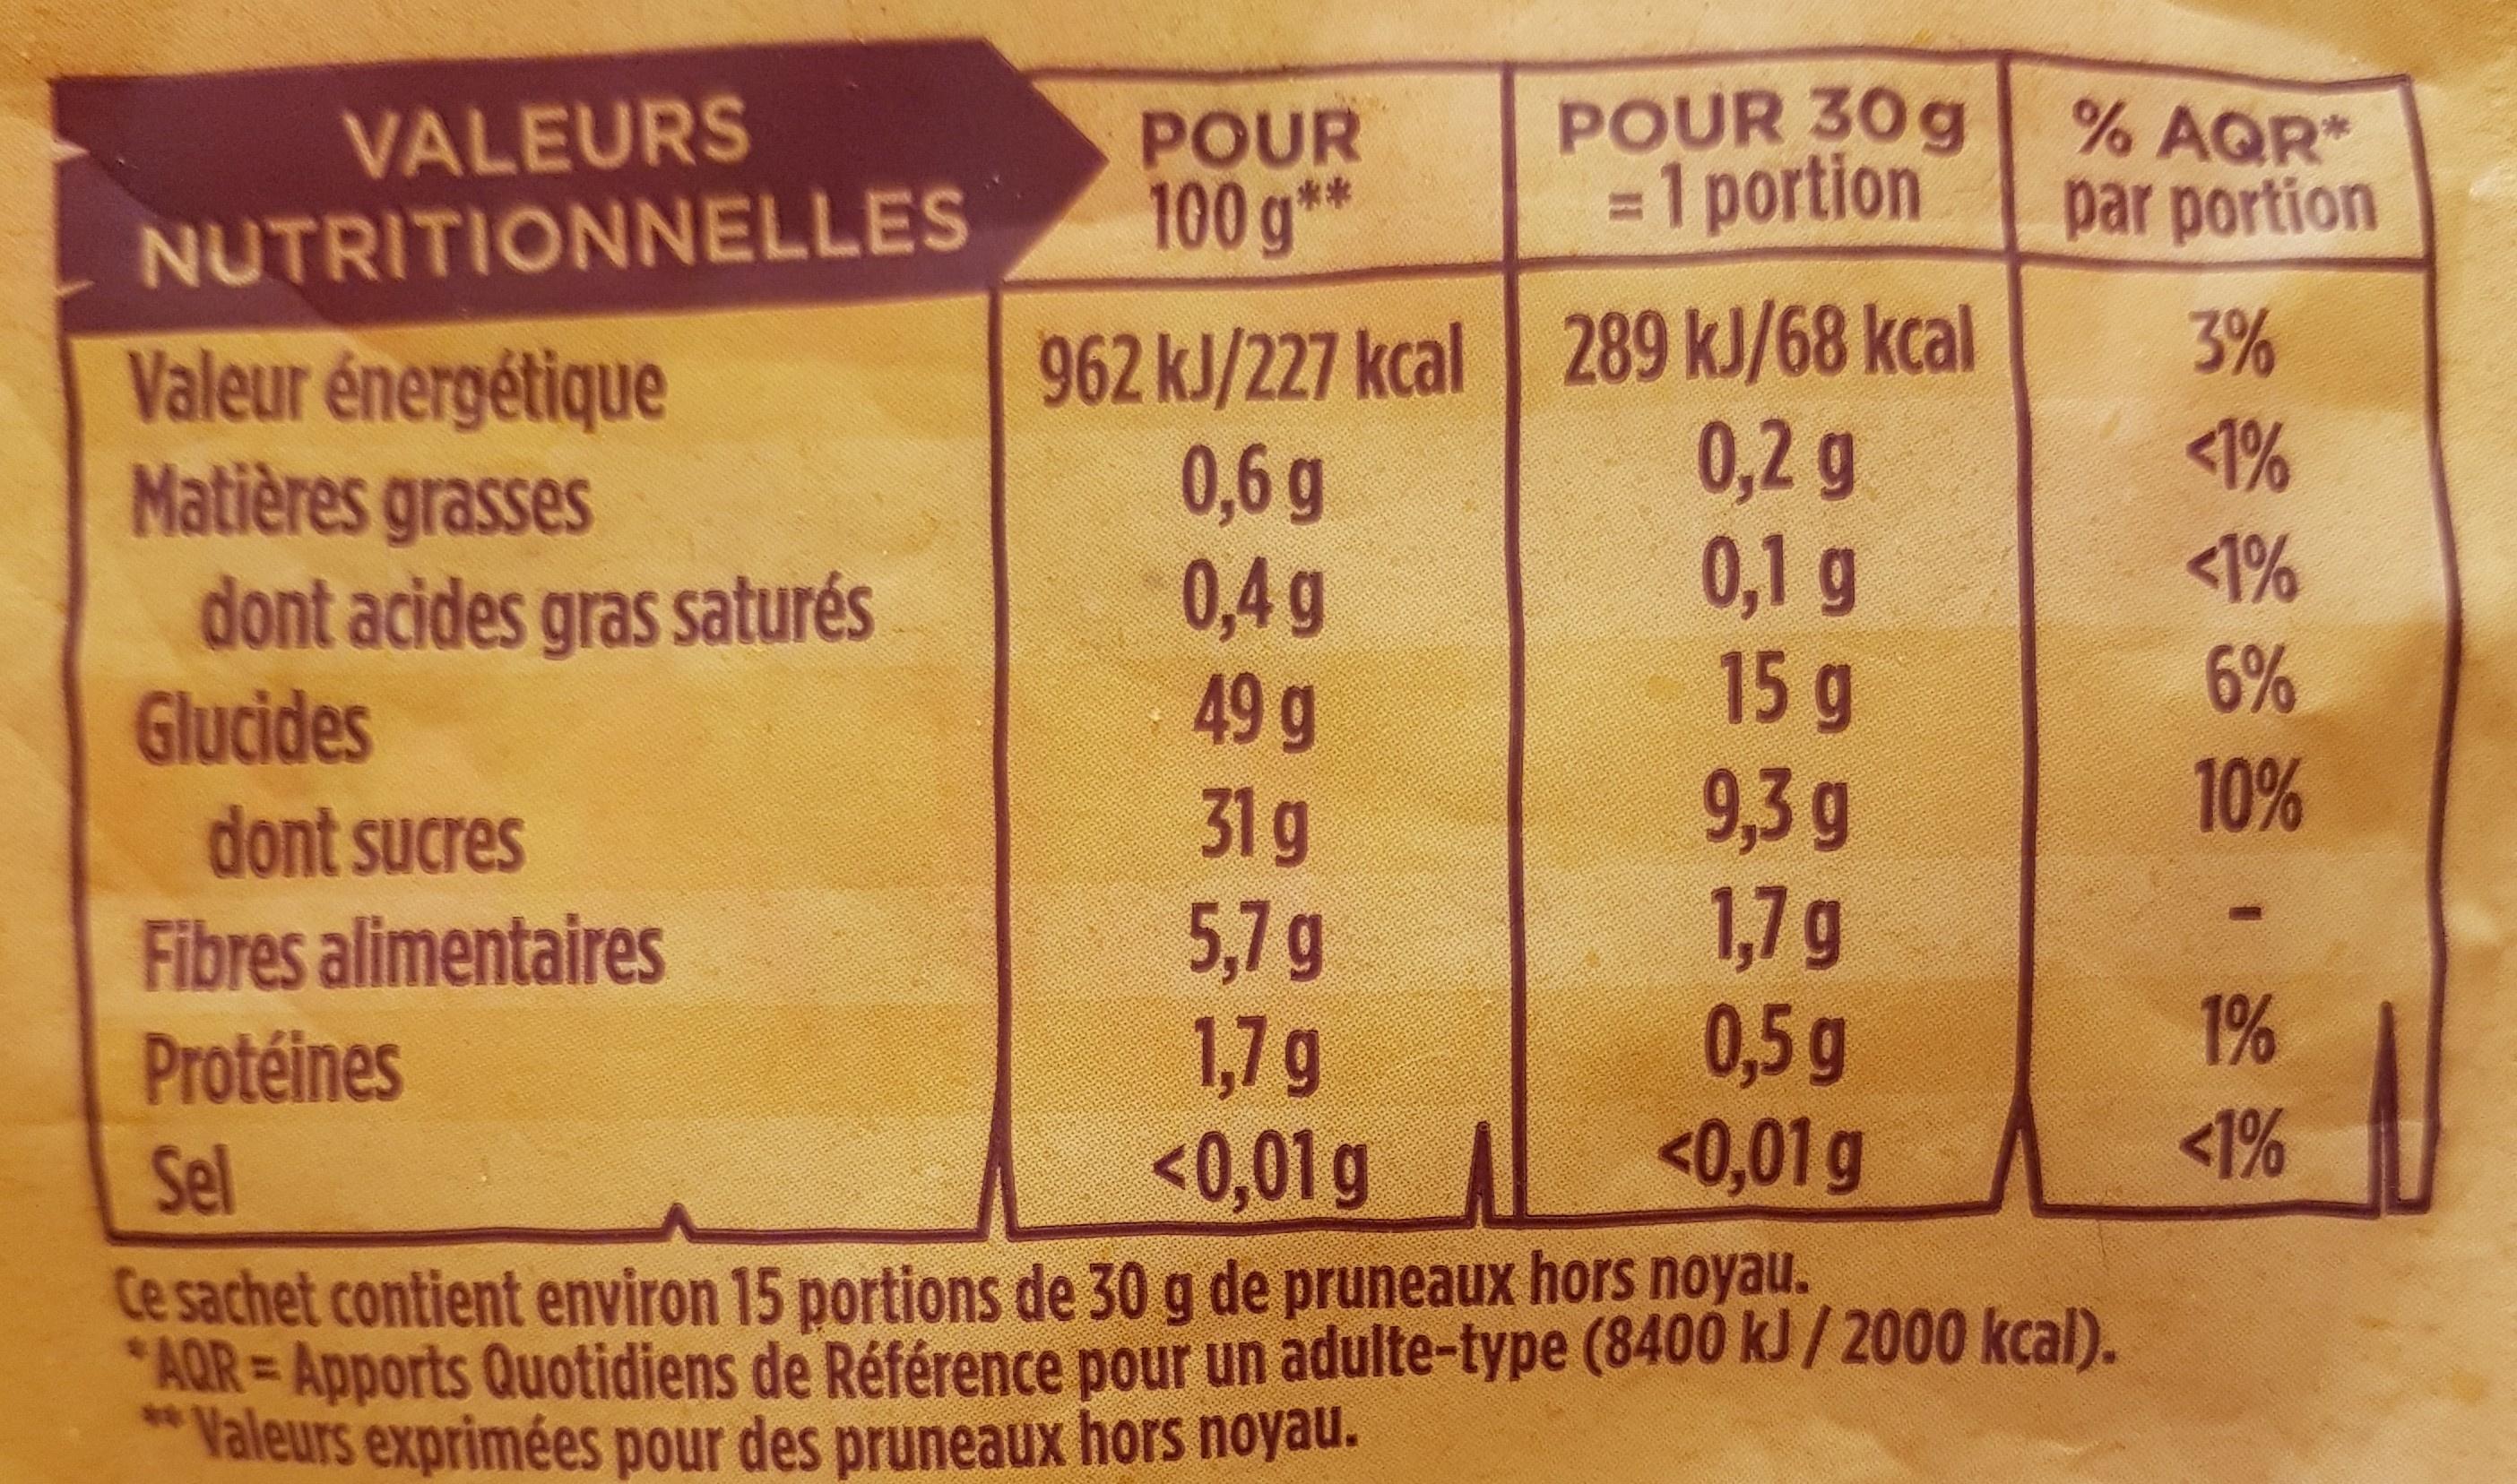
VALEURS NUTRITIONNELLES
Valeur énergétique
Matières grasses
dont acides gras saturés
Glucides
dont sucres
Fibres alimentaires
Protéines
POUR 100 g**
POUR 30g = 1 portion
289 kJ/68 kcal
0,2 g
0,1 g
15 g
9,3 g
1,7 g
0,5 g
962 kJ/227 kcal
0,6 g
0,4 g
49 g
31 g
5,7 g
1,7 g
<0,01 g 1 <0,01 g
% AQR* par portion
Sel
Ce sachet contient environ 15 portions de 30 g de pruneaux hors noyau. "AQR-Apports Quotidiens de Référence pour un adulte-type (8400 kJ/2000 kcal). *Valeurs exprimées pour des pruneaux hors noyau.
3%
<1%
<1%
6%
10%
1%
$
<1%